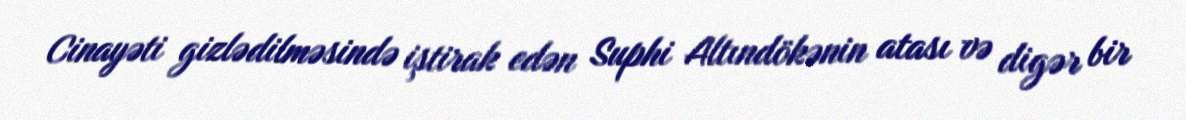
Cinayəti gizlədilməsində iştirak edən Suphi Altındökənin atası və digər bir